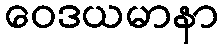
ဝေဒယမာနာ